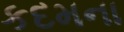
કદમના